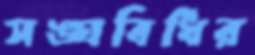
সঙ্ঘবিধির